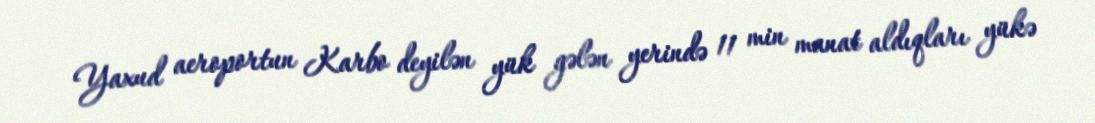
Yaxud aeroportun Karbo deyilən yük gələn yerində 11 min manat aldıqları yükə